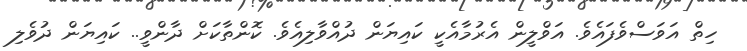
ހިތް އަވަސްވެފައެވެ. އަވްލީން އެރުމާއެކީ ކައިޔަން ދުއްވާލިއެވެ. ކޮންތާކަށް ދާންވީ.. ކައިޔަން ދުވެލި